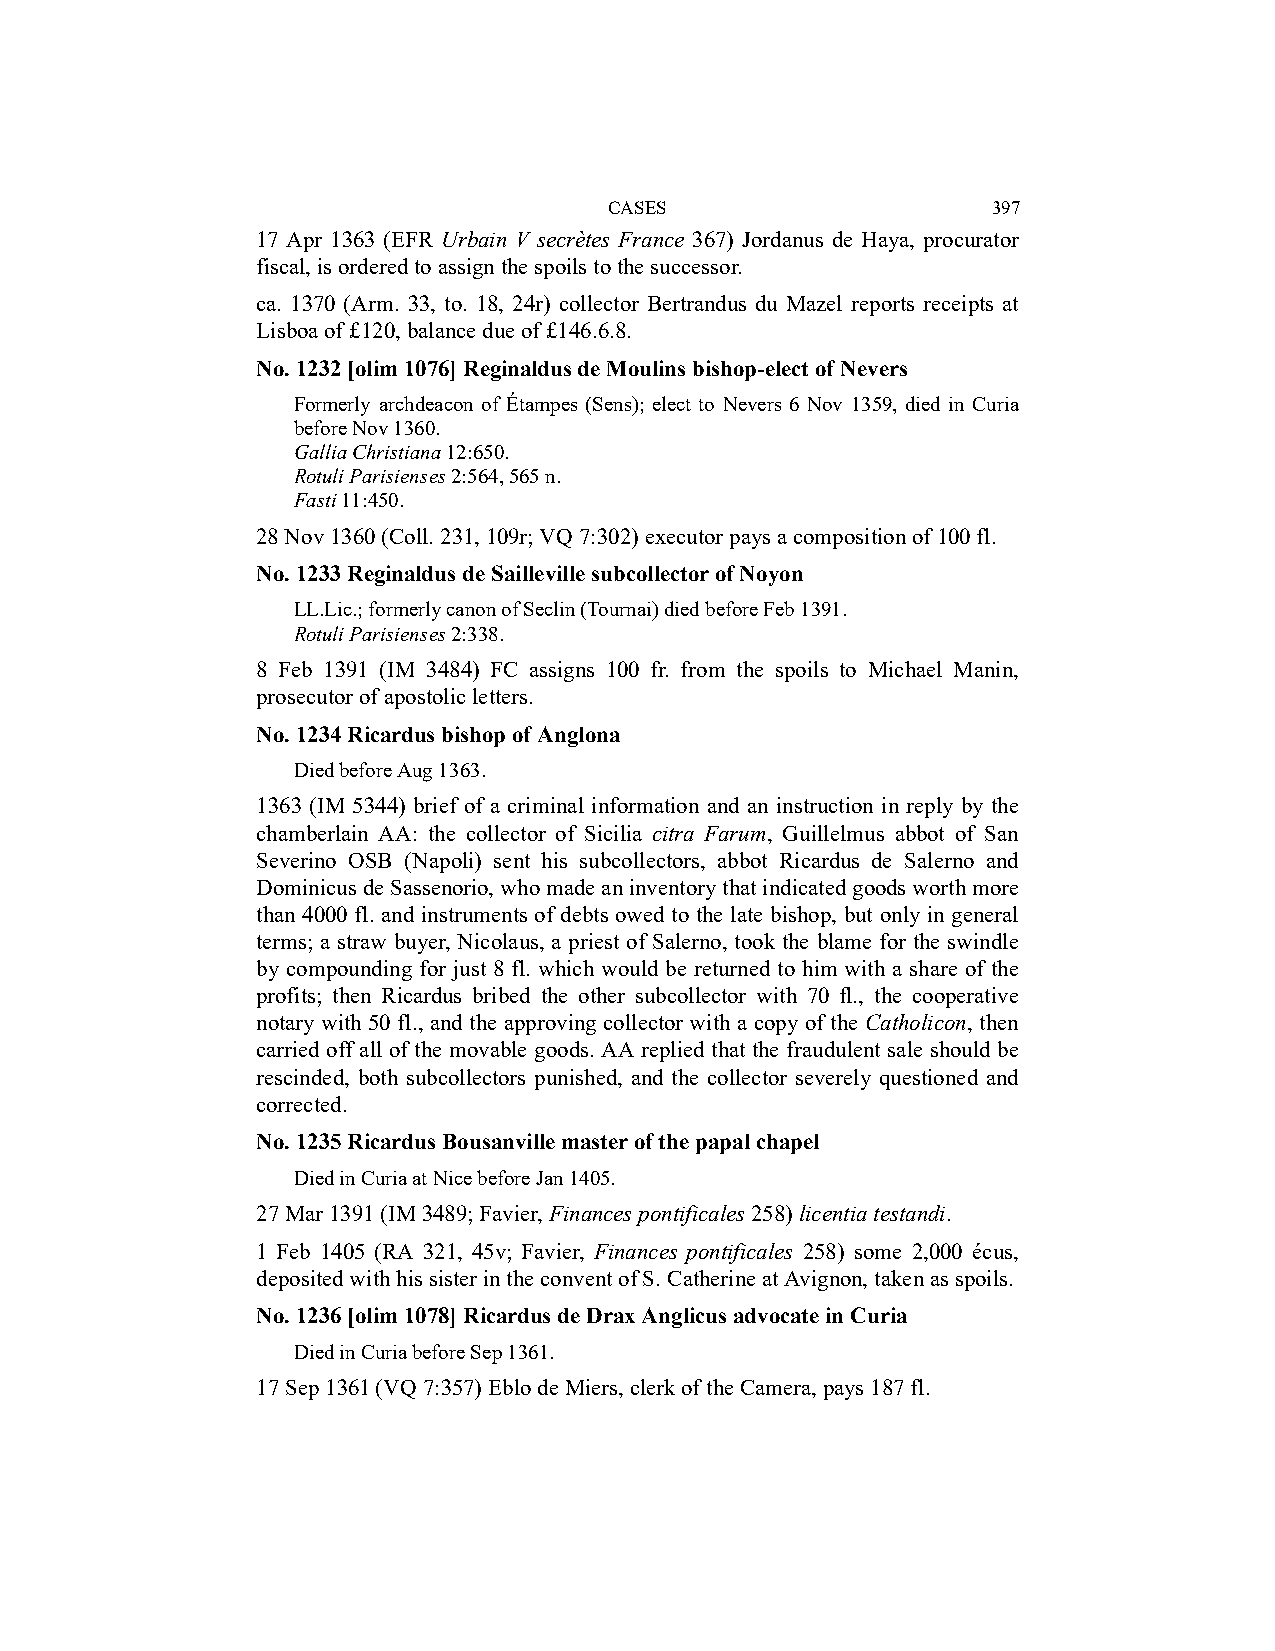
CASES                     397
 17 Apr 1363 (EFR Urbain V secrètes France 367) Jordanus de Haya, procurator
 fiscal, is ordered to assign the spoils to the successor.
 ca. 1370 (Arm. 33, to. 18, 24r) collector Bertrandus du Mazel reports receipts at
 Lisboa of £120, balance due of £146.6.8.
 No. 1232 [olim 1076] Reginaldus de Moulins bishop-elect of Nevers
 Formerly archdeacon of Étampes (Sens); elect to Nevers 6 Nov 1359, died in Curia
 before Nov 1360.
 Gallia Christiana 12:650.
 Rotuli Parisienses 2:564, 565 n.
 Fasti 11:450.
 28 Nov 1360 (Coll. 231, 109r; VQ 7:302) executor pays a composition of 100 fl.
 No. 1233 Reginaldus de Sailleville subcollector of Noyon
 LL.Lic.; formerly canon of Seclin (Tournai) died before Feb 1391.
 Rotuli Parisienses 2:338.
 8 Feb 1391 (IM 3484) FC assigns 100 fr. from the spoils to Michael Manin,
 prosecutor of apostolic letters.
 No. 1234 Ricardus bishop of Anglona
 Died before Aug 1363.
 1363 (IM 5344) brief of a criminal information and an instruction in reply by the
 chamberlain AA: the collector of Sicilia citra Farum, Guillelmus abbot of San
 Severino OSB (Napoli) sent his subcollectors, abbot Ricardus de Salerno and
 Dominicus de Sassenorio, who made an inventory that indicated goods worth more
 than 4000 fl. and instruments of debts owed to the late bishop, but only in general
 terms; a straw buyer, Nicolaus, a priest of Salerno, took the blame for the swindle
 by compounding for just 8 fl. which would be returned to him with a share of the
 profits; then Ricardus bribed the other subcollector with 70 fl., the cooperative
 notary with 50 fl., and the approving collector with a copy of the Catholicon, then
 carried off all of the movable goods. AA replied that the fraudulent sale should be
 rescinded, both subcollectors punished, and the collector severely questioned and
 corrected.
 No. 1235 Ricardus Bousanville master of the papal chapel
 Died in Curia at Nice before Jan 1405.
 27 Mar 1391 (IM 3489; Favier, Finances pontificales 258) licentia testandi.
 1 Feb 1405 (RA 321, 45v; Favier, Finances pontificales 258) some 2,000 écus,
 deposited with his sister in the convent of S. Catherine at Avignon, taken as spoils.
 No. 1236 [olim 1078] Ricardus de Drax Anglicus advocate in Curia
 Died in Curia before Sep 1361.
 17 Sep 1361 (VQ 7:357) Eblo de Miers, clerk of the Camera, pays 187 fl.